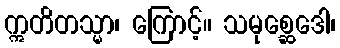
ဣတိတသ္မာ၊ ကြောင့်။ သမုစ္ဆေဒေါ၊